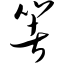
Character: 箸